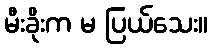
မီးခိုးက မ ပြယ်သေး။